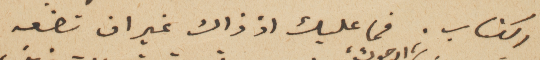
الكتاب. فما عليك اذ ذاك غير ان تضعه